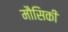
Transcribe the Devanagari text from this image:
मौसिकी